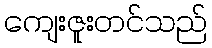
ကျေးဇူးတင်သည်